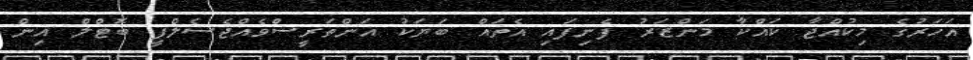
އަހަރުގެ މިކުއްޖާ ކައްކާ މަންޒަރު ފެނިފައި އެތައް ބަޔަކު އަންތަރީސްވެއްޖެސެލްފީ ބޮޓްލް އިން